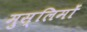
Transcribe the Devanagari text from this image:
मुस्‍लिमों